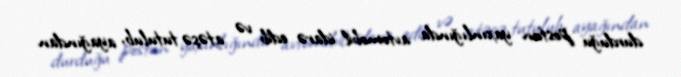
durduğu postun yaxınlığında avtomobil idarə edib və atəşə tutulub, ayağından